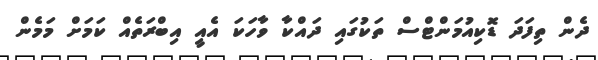
ދެން ތިފަދަ ޑޮޮކިއުމަންޓްސް ތަކުގައި ދައްކާ ވާހަކަ އެއީ އިބްރަތެއް ކަމަށް މަމެން